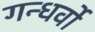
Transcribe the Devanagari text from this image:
गन्धर्वो